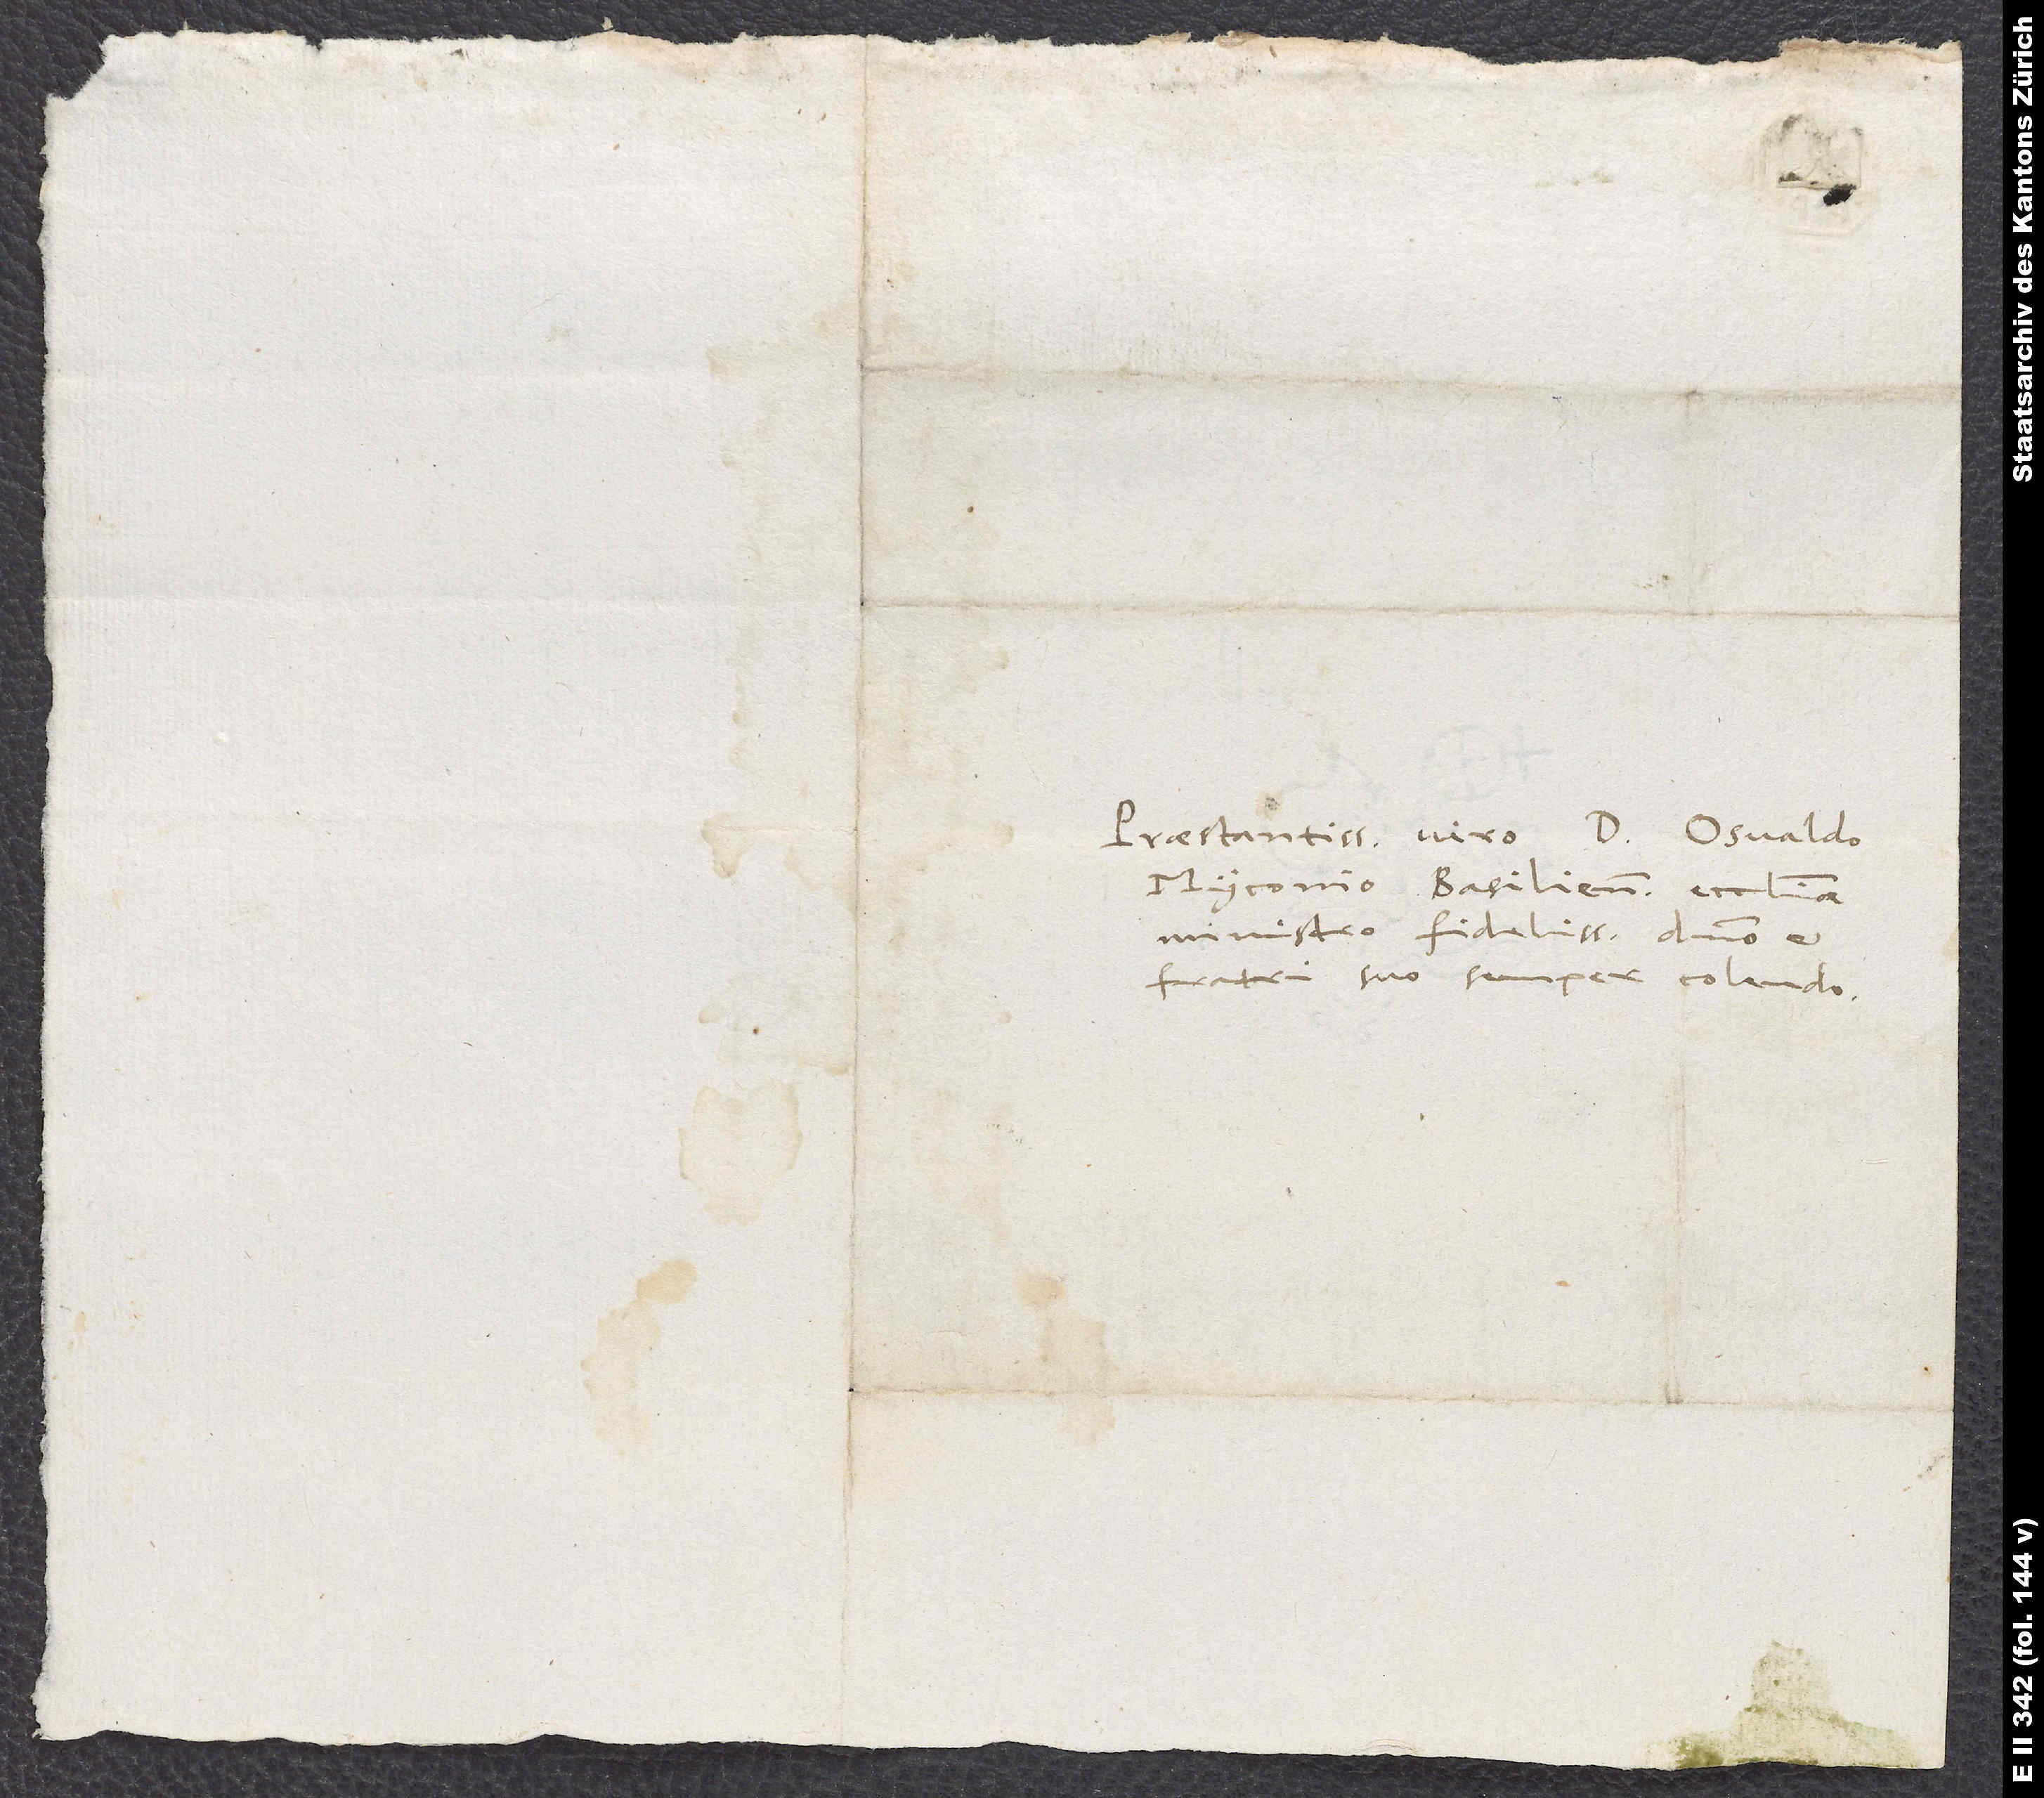
Praestantissimo viro d. Osvaldo
Myconio, Basiliensis ecclesiae
ministro fidelissimo, domino et
fratri suo semper colendo.